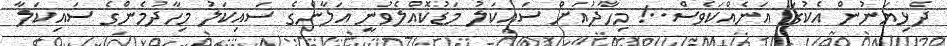
ދެޅިޔަނުން އެކުގަ އަނެއްކަވެސް..! މިހާދުއަށް ސައިކަލު މަޑުކޮއްލެވުނީ އަލާންގެ ސައިކަލު މިހާދުމެންގެ ސައިކަލާ